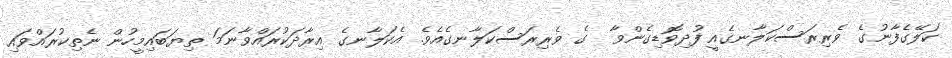
ކަލޭގެފާނުގެ ވެރިރަސްކަލާނގެއީ ފުދިވޮޑިގެންވާ  ގެ ވެރިރަސްކަލާނގެއެވެ. އެކަލާނގެ އިރާދަކުރައްވާނަމަ ތިޔަބައިމީހުން ނެތިކުރައްވައި